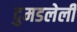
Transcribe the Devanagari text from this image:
दुमडलेली